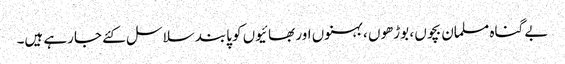
بے گناہ مسلمان بچوں ، بوڑھوں ، بہنوں اور بھائیوں کو پابند سلاسل کئے جارہے ہیں۔